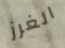
الغرز